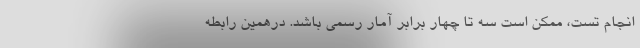
انجام تست، ممکن است سه تا چهار برابر آمار رسمی باشد. درهمین رابطه